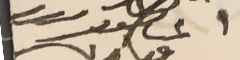
اغناطيوس